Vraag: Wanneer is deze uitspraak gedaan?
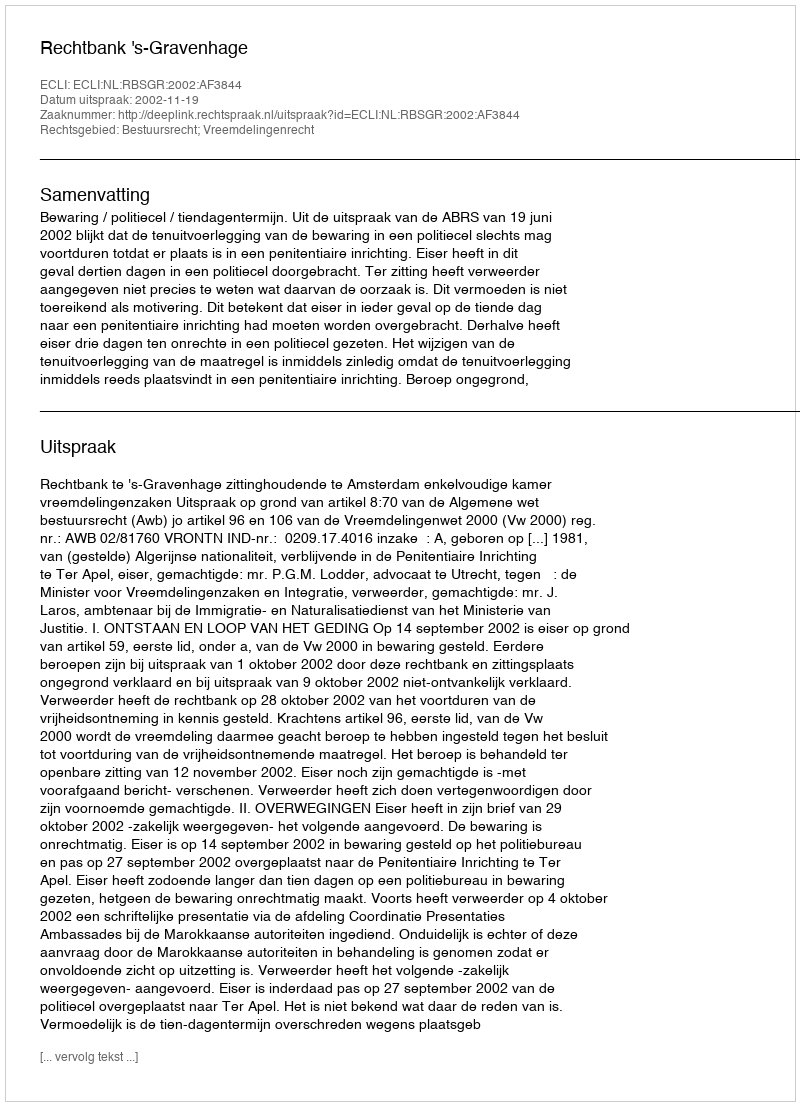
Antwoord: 2002-11-19